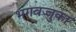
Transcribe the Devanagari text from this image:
भगवज्जुका